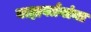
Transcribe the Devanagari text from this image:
बाह्यवर्तनांचा